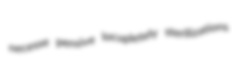
necesse pensive locupletely sterilizations